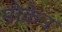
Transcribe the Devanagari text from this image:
मोकेन